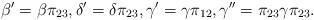
LaTeX: \begin{align*} \beta' = \beta \pi_{23}, \delta' = \delta \pi_{23}, \gamma' = \gamma \pi_{12}, \gamma'' = \pi_{23} \gamma \pi_{23}.\end{align*}